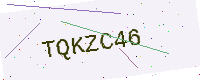
Text: TQKZC46